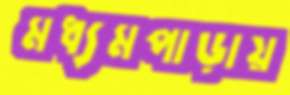
মধ্যমপাড়ায়